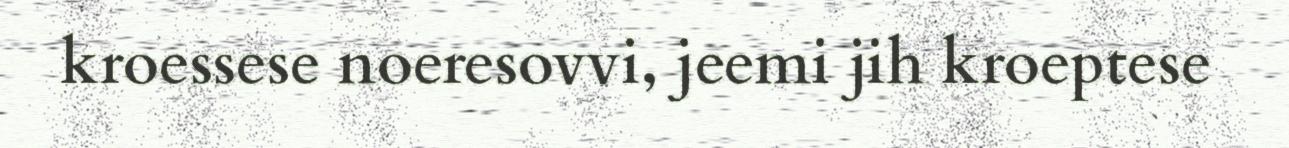
kroessese noeresovvi, jeemi jih kroeptese